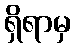
ရှိရာမှ